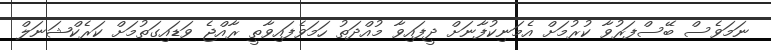
ނަމަވެސް ބޭސްފަރުވާ ކުރުމަށް އެމަނިކުފާނަށް ދީފައިވާ މުއްދަތު ހަމަވެފައިވާތީ ރާއްޖެ ވަޑައިގަތުމަށް ކަރެކްޝަނަލް